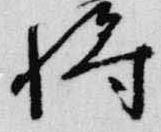
将